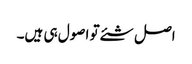
اصل شئے تو اصول ہی ہیں۔